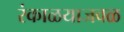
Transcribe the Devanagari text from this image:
रंकाळयाजवळ